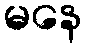
မနေ